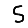
Digit: 5